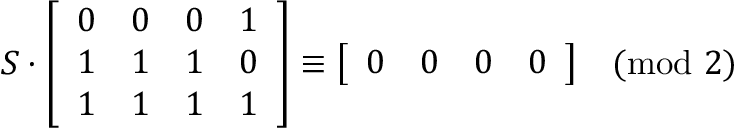
S \cdot { \left[ \begin{array} { l l l l } { 0 } & { 0 } & { 0 } & { 1 } \\ { 1 } & { 1 } & { 1 } & { 0 } \\ { 1 } & { 1 } & { 1 } & { 1 } \end{array} \right] } \equiv { \left[ \begin{array} { l l l l } { 0 } & { 0 } & { 0 } & { 0 } \end{array} \right] } { \pmod { 2 } }